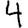
Digit: 4